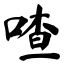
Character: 喳